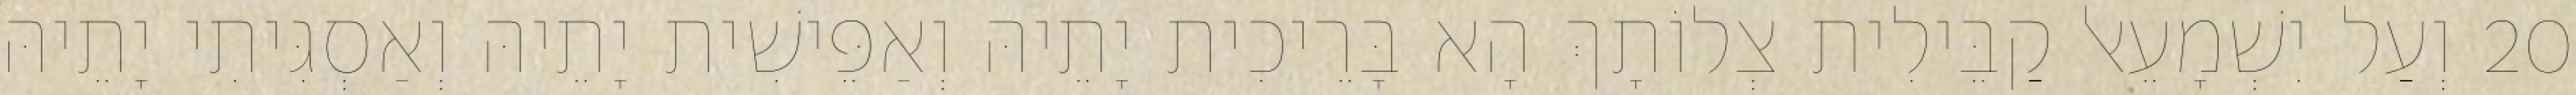
20 וְעַל יִשְׁמָעֵאל קַבֵּילִית צְלוֹתָךְ הָא בָּרֵיכִית יָתֵיהּ וְאַפֵּישִׁית יָתֵיהּ וְאַסְגִּיתִי יָתֵיהּ